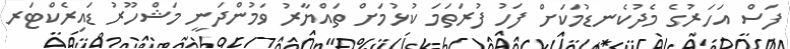
ފަސް އަހަރުގެ މެދުކެނޑުމަކަށް ފަހު ފުރަތަމަ ކުޅުމަށް ތައްޔާރު ވަމުންދަނީ މަޝްހޫރު ޑައިރެކްޓަރ